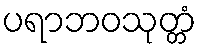
ပရာဘဝသုတ္တံ